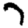
Digit: 7